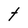
Character: t